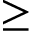
\geq